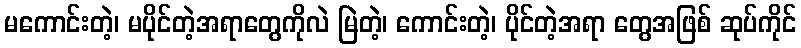
မကောင်းတဲ့၊ မပိုင်တဲ့အရာတွေကိုလဲ မြဲတဲ့၊ ကောင်းတဲ့၊ ပိုင်တဲ့အရာ တွေအဖြစ် ဆုပ်ကိုင်